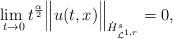
LaTeX: \begin{align*}\underset{t \rightarrow 0}{\rm lim\ }t^{\frac{\alpha}{2}}\Big\|u(t,x)\Big\|_{\dot{H}^s_{\mathcal{L}^{1,r}}} = 0,\end{align*}